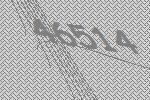
46514